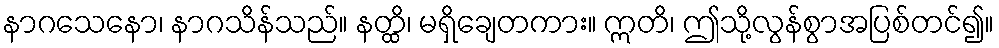
နာဂသေနော၊ နာဂသိန်သည်။ နတ္ထိ၊ မရှိချေတကား။ ဣတိ၊ ဤသို့လွန်စွာအပြစ်တင်၍။